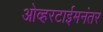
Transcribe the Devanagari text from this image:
ओव्हरटाईमनंतर